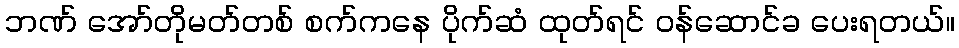
ဘဏ် အော်တိုမတ်တစ် စက်ကနေ ပိုက်ဆံ ထုတ်ရင် ဝန်ဆောင်ခ ပေးရတယ်။